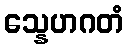
သ္နေဟဂတံ